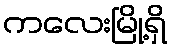
ကလေးမြို့ရှိ